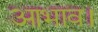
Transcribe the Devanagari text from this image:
आभाव।